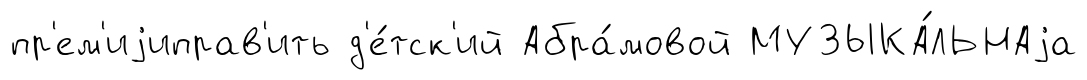
пр'ем'иjиправ'ить д'е́тск'ий Абра́мовой МУЗЫКА́ЛЬНАjа